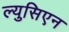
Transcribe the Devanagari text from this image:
ल्युसिएन